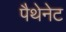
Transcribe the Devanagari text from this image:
पैथेनेट